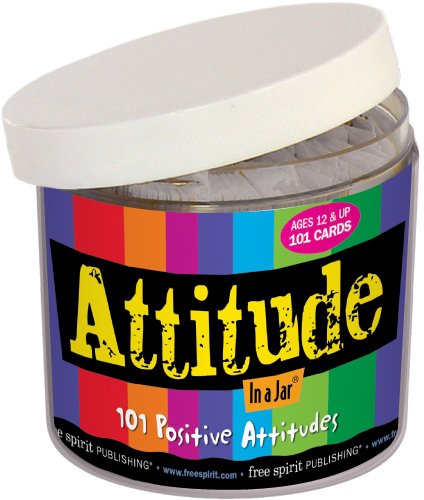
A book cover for Attitude in a Jar; Free Spirit Publishing; Teen & Young Adult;